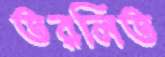
তরলিত